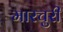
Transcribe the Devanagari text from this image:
मारचुरी